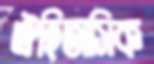
ঐহিতাসিক